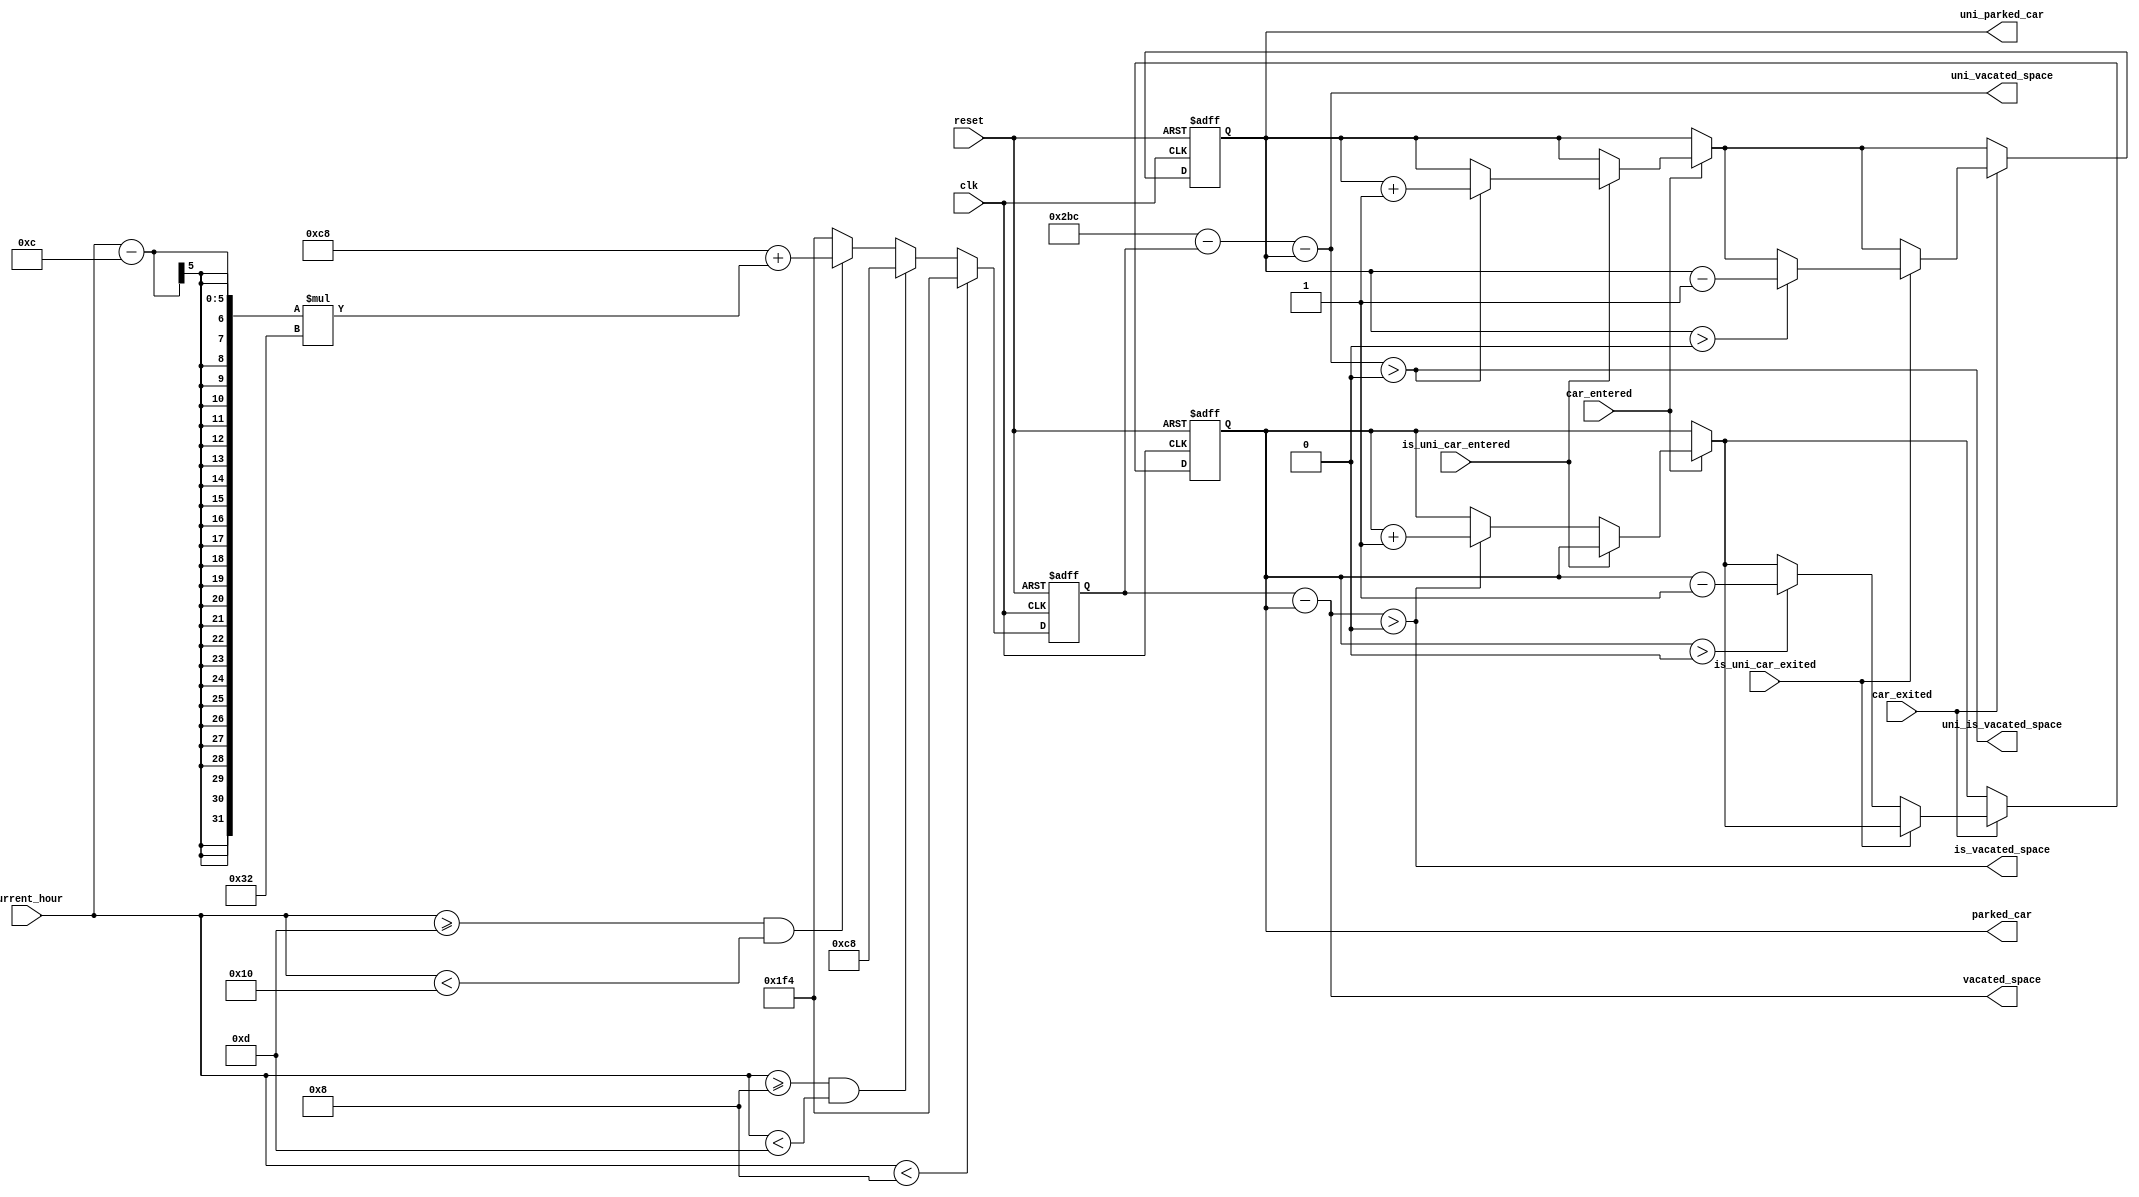
module parking_management(
    input clk,
    input reset,
    input car_entered,
    input is_uni_car_entered,
    input car_exited,
    input is_uni_car_exited,
    input [4:0] current_hour,
    output reg [9:0] uni_parked_car,
    output reg [9:0] parked_car,
    output reg [9:0] vacated_space,
    output reg [9:0] uni_vacated_space,
    output uni_is_vacated_space,
    output is_vacated_space
);

//parking constraints
parameter MAX_TOTAL_CAPACITY = 700;
reg [9:0] max_free_capacity;
wire [9:0] uni_space;

assign uni_space = MAX_TOTAL_CAPACITY - max_free_capacity;

//determine free spaces
assign uni_vacated_space = uni_space - uni_parked_car;
assign vacated_space = max_free_capacity - parked_car;

//determine does free space exist
assign uni_is_vacated_space = (uni_vacated_space > 0);
assign is_vacated_space = (vacated_space > 0);

//determine capacity with current_hour
always @(posedge clk or posedge reset) begin
    if (reset) begin
        max_free_capacity <= 500;
    end else begin
        if (current_hour < 8)
            max_free_capacity <= 500;
        else if (current_hour >= 8 && current_hour < 13)
            max_free_capacity <= 200;
        else if (current_hour >= 13 && current_hour < 16)
            max_free_capacity <= 200 + (current_hour - 12) * 50;
        else
            max_free_capacity <= 500;
    end
end

//main
always @(posedge clk or posedge reset) begin
    if (reset) begin
        uni_parked_car <= 0;
        parked_car <= 0;
    end else begin
        //car entered
        if (car_entered) begin
            //uni car
            if (is_uni_car_entered) begin
                if (uni_is_vacated_space)
                    uni_parked_car <= uni_parked_car + 1;
            //normal car
            end else begin
                if (is_vacated_space)
                    parked_car <= parked_car + 1;
            end
        end

        //car exited
        if (car_exited) begin
            //uni car
            if (is_uni_car_exited) begin
                if (uni_parked_car > 0)
                    uni_parked_car <= uni_parked_car - 1;
            //normal car
            end else begin
                if (parked_car > 0)
                    parked_car <= parked_car - 1;
            end
        end
    end
end

endmodule